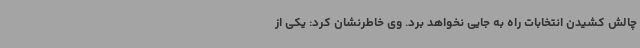
چالش کشیدن انتخابات راه به جایی نخواهد برد. وی خاطرنشان کرد: یکی از